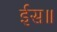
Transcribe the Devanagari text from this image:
ईस॥